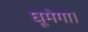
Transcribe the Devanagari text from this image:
घूमेगा।